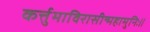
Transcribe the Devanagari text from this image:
कर्त्तुमाविरासीन्महामुनिः॥